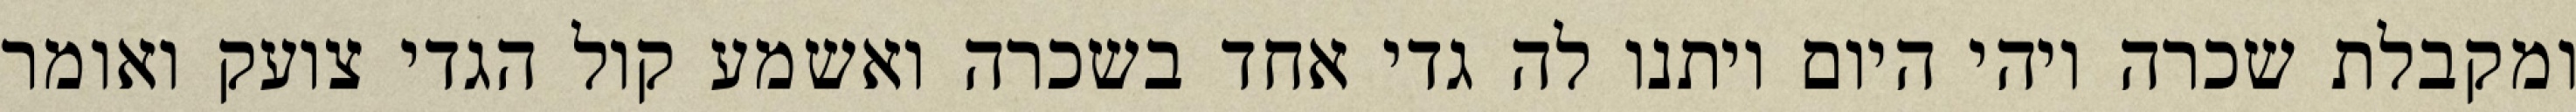
ומקבלת שכרה ויהי היום ויתנו לה גדי אחד בשכרה ואשמע קול הגדי צועק ואומר